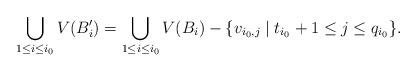
LaTeX: \begin{align*}\bigcup _{1\leq i\leq i_{0}}V(B'_{i})=\bigcup _{1\leq i\leq i_{0}}V(B_{i})-\{v_{i_{0},j}\mid t_{i_{0}}+1\leq j\leq q_{i_{0}}\}.\end{align*}